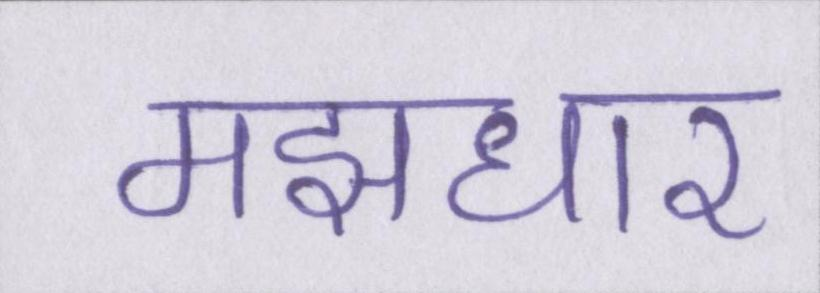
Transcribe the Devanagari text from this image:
मझधार